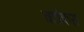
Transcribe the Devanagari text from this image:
चटोकरा